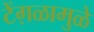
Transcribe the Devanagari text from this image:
टेंग़ळामुळे